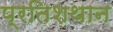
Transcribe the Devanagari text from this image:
प्रतिशथान